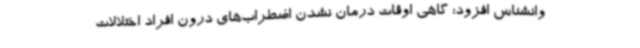
وانشناس افزود: گاهی اوقات درمان نشدن اضطراب‌های درون افراد اختلالات